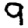
Digit: 9